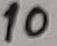
Text: 10